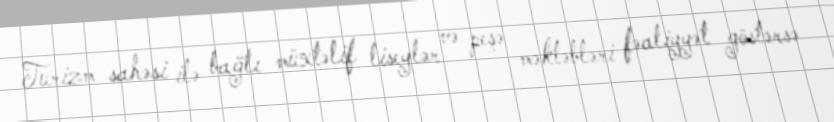
Turizm sahəsi ilə bağlı müxtəlif liseylər və peşə məktəbləri fəaliyyət göstərsə